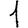
Digit: 1